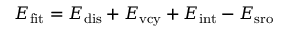
E _ { \mathrm { f i t } } = E _ { \mathrm { d i s } } + E _ { \mathrm { v c y } } + E _ { \mathrm { i n t } } - E _ { \mathrm { s r o } }